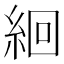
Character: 絗